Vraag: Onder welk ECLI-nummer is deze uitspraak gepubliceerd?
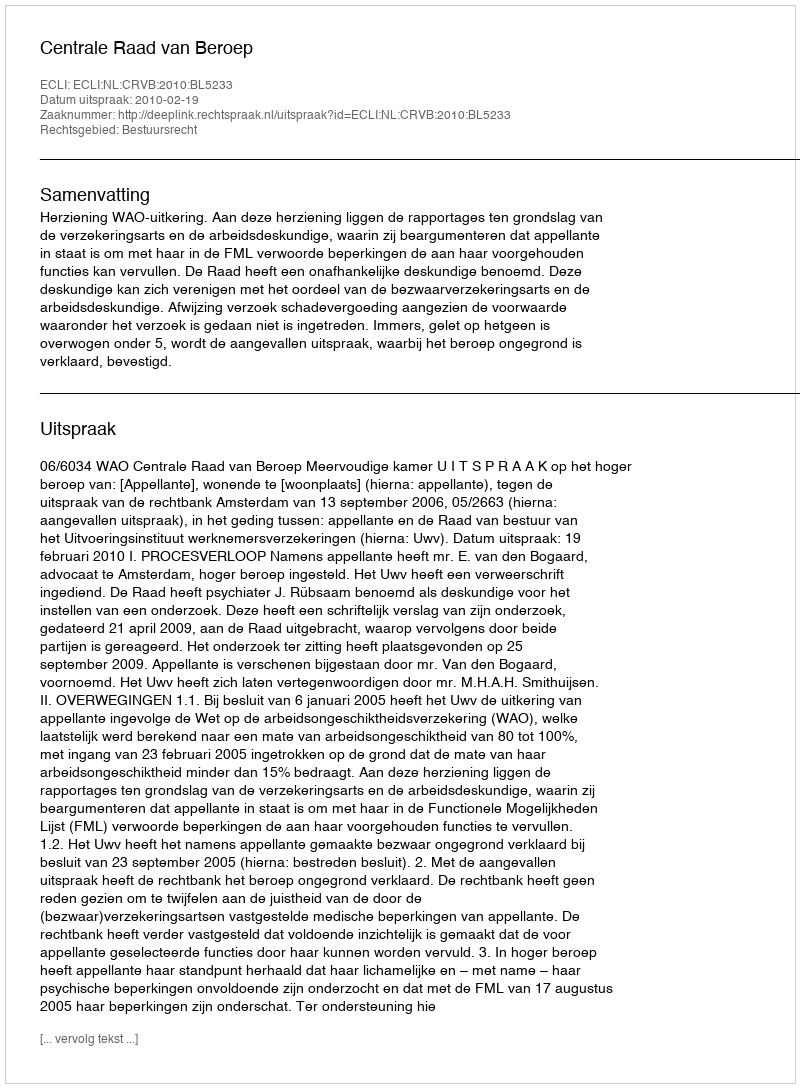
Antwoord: ECLI:NL:CRVB:2010:BL5233